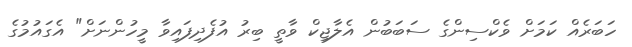
ހަބަރެއް ކަމަށް ވެކްސިންގެ ސަބަބުން އެލާޖިކް ވާތީ ބިރު އުފެދިފައިވާ މީހުންނަށް" އެގައުމުގެ